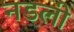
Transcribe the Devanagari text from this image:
नडली